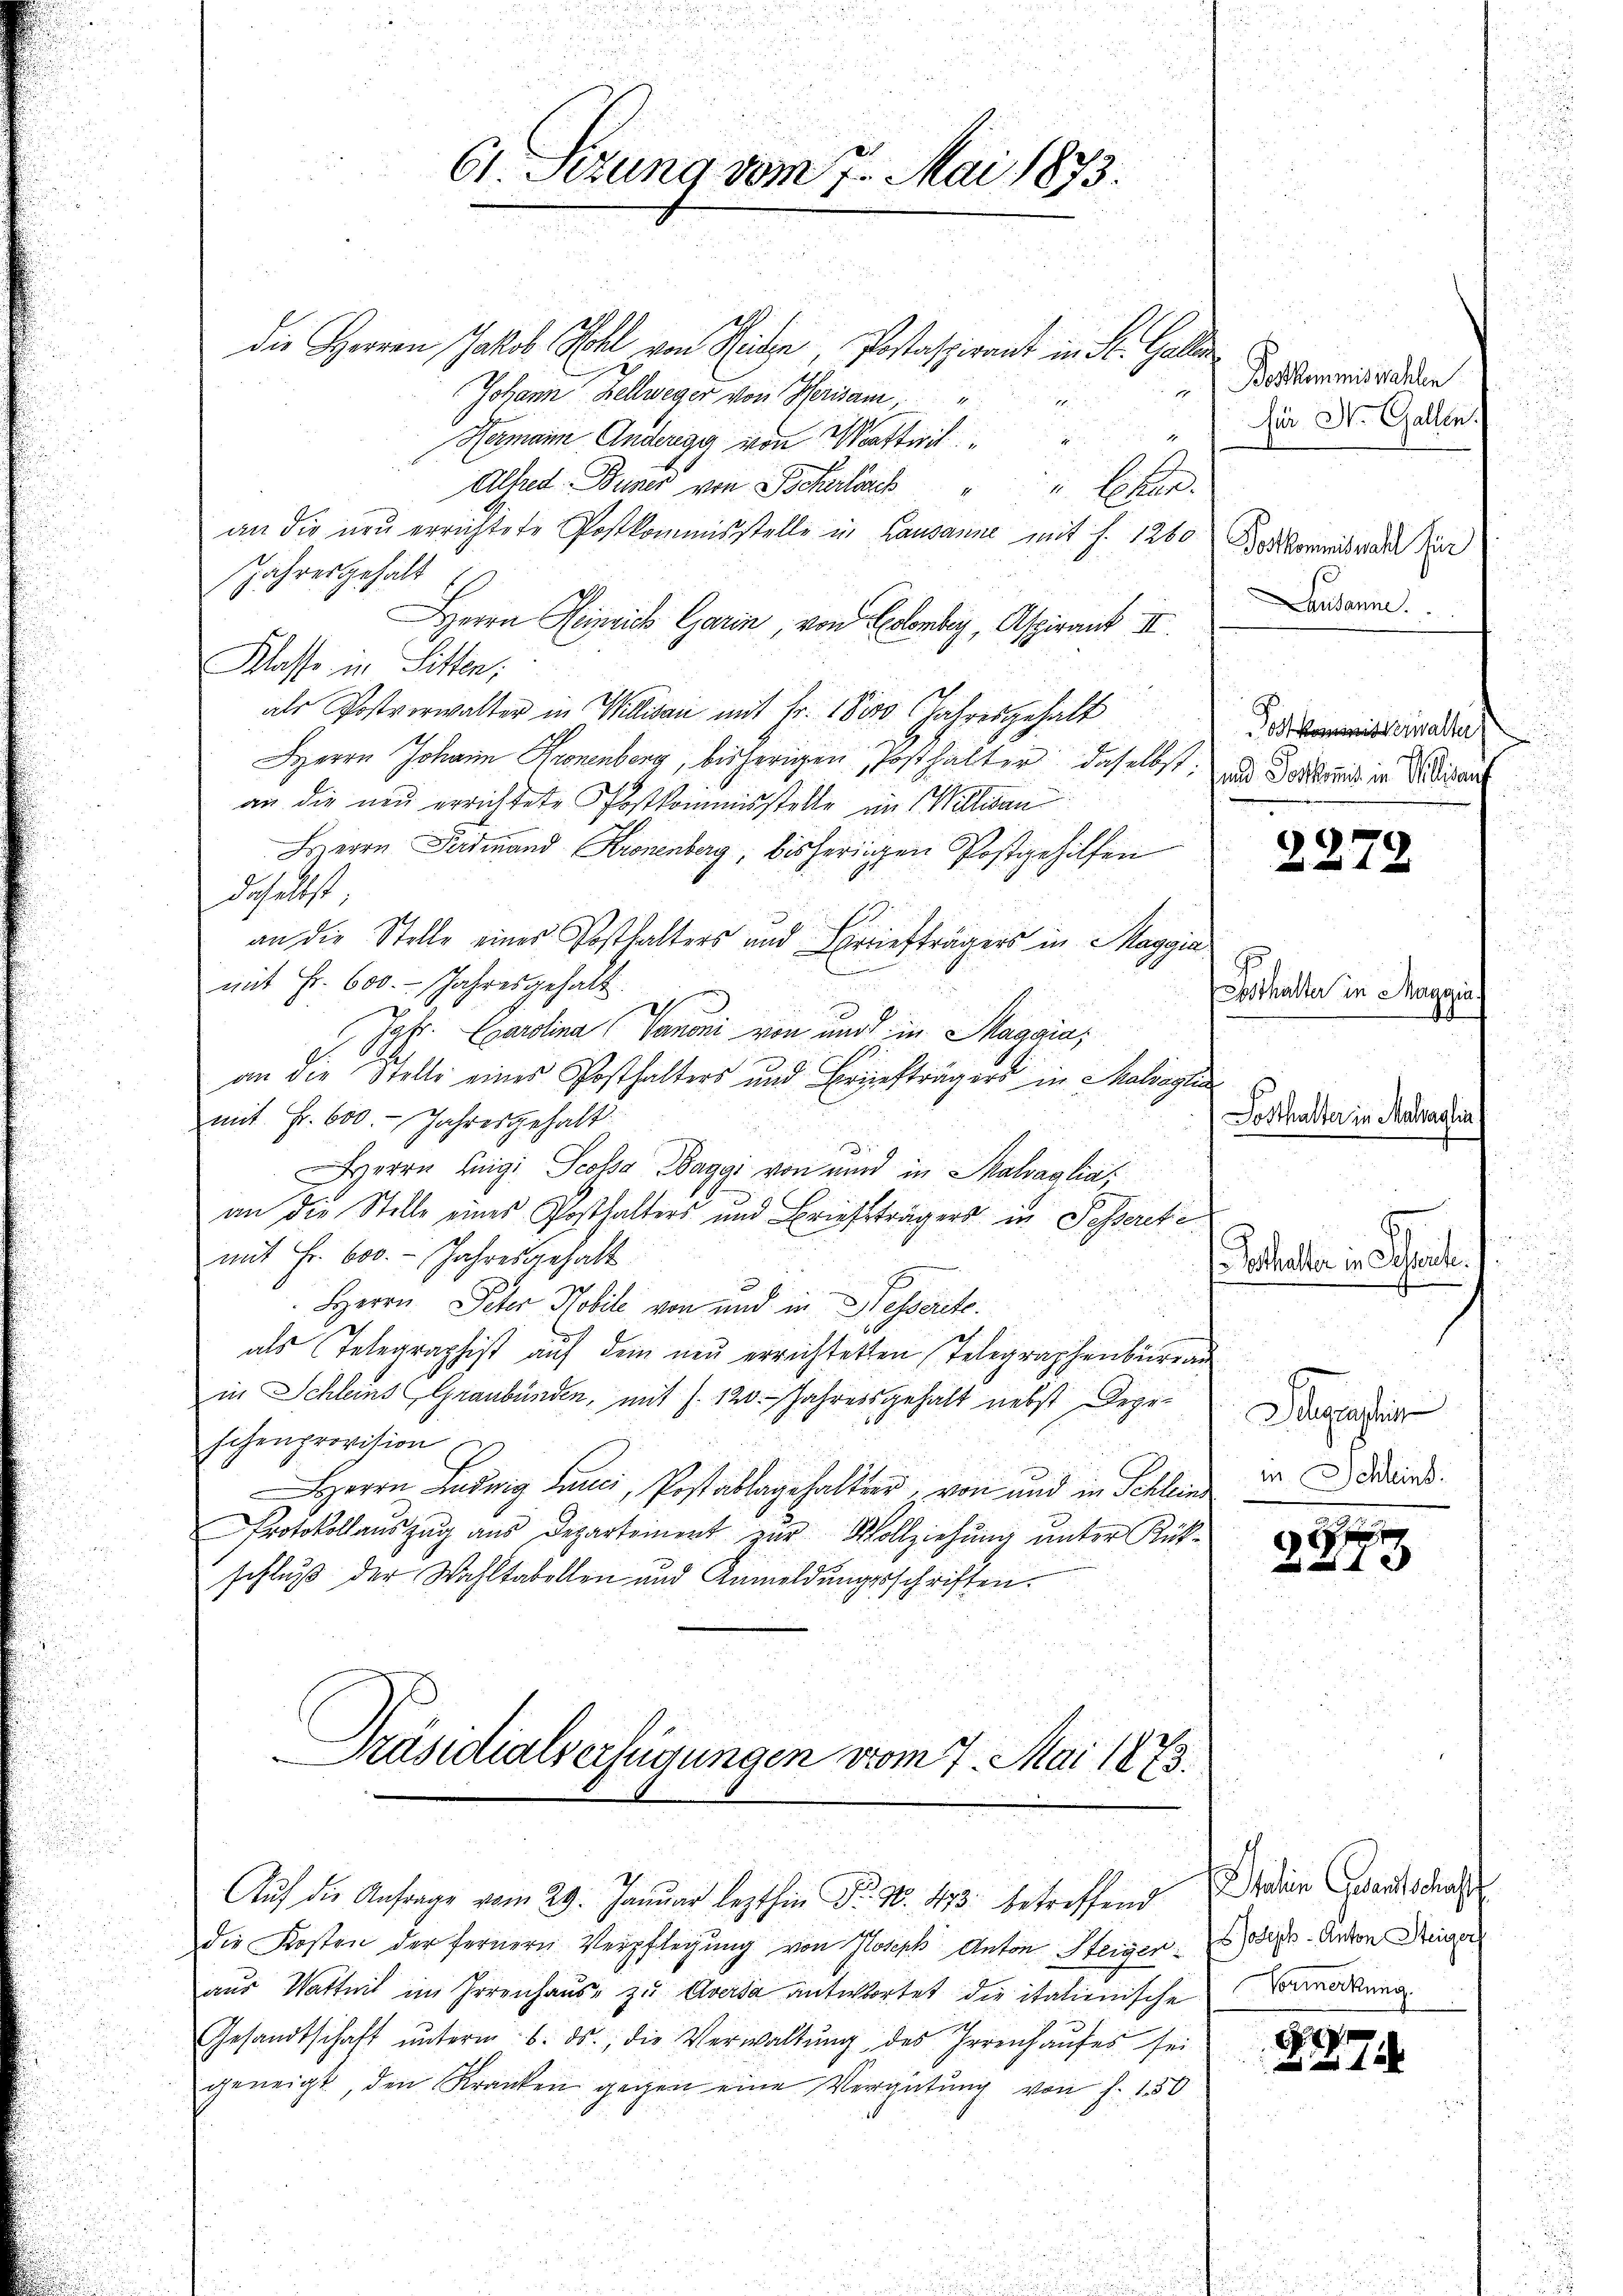
die Herrn Jakob Gohl von Heide Postaspirant in St. Galle
Johann Hellweger von Herisam
Hermann Anderegg von Wattwil
Alfred Buner von Tscherlisch " " Eskur
an die neu errichtete Postkommisstelle in Lausanne mit f. 1260
Jahresgehalt
Herrn Heinrich Carin von Leonbey, Aspirant II.
Klasse in Sitten;
als Postverwalter in Willisau mit Fr. 1 des Jahresgehalt
Herrn Johann Kronenberg, bisherigen Posthalter daselbst, und Doctoris in Salicant
an die neu errichtete Postkommisstelle im Millisau
Herrn Feidmand Kronenberg, bisherigen Postgehilfen
Schalist
an die Stelle eines Posthalters und Briefträgers in Maggia
mit Fr. 600. - Jahresgehalt.
n
Jgfr. Carolina Tanoni von und in Maggia,
an die Stelle eines Posthalters und Briefträgers in Thalsaglia
mit Fr. 600. - Jahresgehalt.
errn Luigi Scossa Baggi von und in Malaalia,
an die Stelle eines Posthalters und Briefträgers in Fesseretie
mit Fr. 600. - Jahresgehalt
Herrn Peter Nobile von und in Nesserte.
als Telegraphist auf dem neu errichteten Telegraphenbüreau
in Schleins Graubünden, mit s. 120. Jahresgehalt nebst Degeschenprovision
Herrn Ludwig Lauci, Postablagehalter, von und in Schlein
Protokollaŭszŭg aŭs Departement zŭr Vollziehŭng ŭnter Rück-
schluß der Wahltabellen und Anmeldungsschriften.

61. Sizung vom 7. Mai 1873.

Präsidialverfügungen vom 7. Mai 1873.

Aŭf die Anfrage vom 29. Januar lezthin Fr. 1. 473 betreffend
die Kosten der fernern Verpflegŭng von Joseph Anton Steiger des Anton Steiger
aus Watteil im Irrenhause zu Averda antwortet die itationische
Gesandtschaft ŭnterm 6. ds., die Verwaltŭng des Irrenhaufes sei
geneigt, den Kranken gegen eine Vergütŭng von f. 150

Boskommiswahlen
für St. Gallen.

Postkommiswahl für
Lausanne.

Dos Konseit erwalter

22.

Aesthalter in Mangin
4

Sosthalter in Malragli

Gothalter in Scheute.

.
E
Dchgraschin
in Schleins.

4
e

Italien Gesandtschaft
Vonmerkung.

d

3

¬